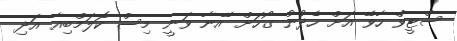
ސްޓީވް ހާވޭ އަށް ހެދުނު ގޯހަށް އޭނާ ވަނީ މިސް ކޮލަމްބިއާ އަދި